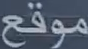
موقع